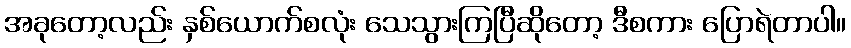
အခုတော့လည်း နှစ်ယောက်စလုံး သေသွားကြပြီဆိုတော့ ဒီစကား ပြောရဲတာပါ။